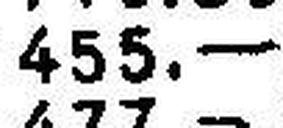
455.—